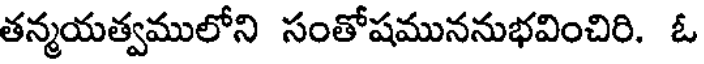
తన్మయత్వములోని సంతోషముననుభవించిరి. ఓ